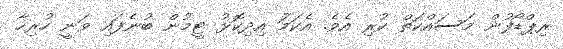
ރިޕްޑޯފުން މަސައްކަތް ކުރި އެވެ. އެކަމަު އިދިކޮޅު ޓީމުން ބުނެފައި ވަނީ ހުރިހާ